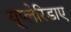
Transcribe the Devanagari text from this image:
यूप्लेरिडाए